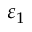
\varepsilon _ { 1 }